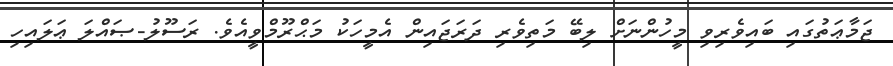
ޖަމާޢަތުގައި ބައިވެރިވި މީހުންނަށް ލިބޭ މަތިވެރި ދަރަޖައިން އެމީހަކު މަޙްރޫމްވީއެވެ. ރަސޫލު-ޞައްލަ ޢަލައިހި